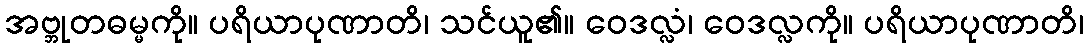
အဗ္ဘုတဓမ္မကို။ ပရိယာပုဏာတိ၊ သင်ယူ၏။ ဝေဒလ္လံ၊ ဝေဒလ္လကို။ ပရိယာပုဏာတိ၊